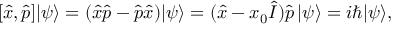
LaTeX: [ { \hat { x } } , { \hat { p } } ] | \psi \rangle = ( { \hat { x } } { \hat { p } } - { \hat { p } } { \hat { x } } ) | \psi \rangle = ( { \hat { x } } - x _ { 0 } { \hat { I } } ) { \hat { p } } \, | \psi \rangle = i \hbar | \psi \rangle ,